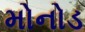
મોનોડ